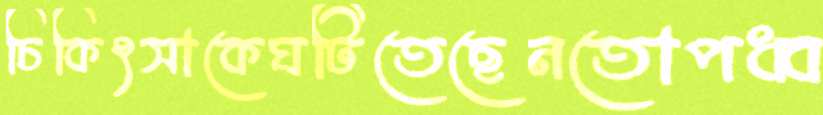
চিকিৎসাকেঘটিতেছেনতোপধ্ব